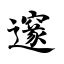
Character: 邃